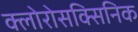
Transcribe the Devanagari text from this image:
क्लोरोसक्सिनिक